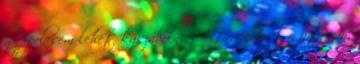
geppel sem lehet kaszabolni. A tracnak egy baja van,